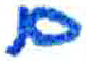
אות: ם